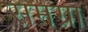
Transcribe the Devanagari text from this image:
समग्रा